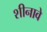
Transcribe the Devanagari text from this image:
शीनावे